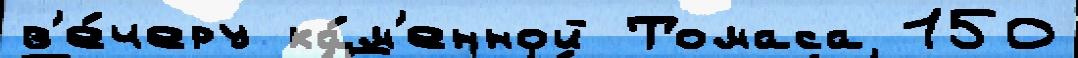
в'е́черу ка́м'енной Томаса 150